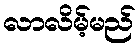
လာလိမ့်မည်